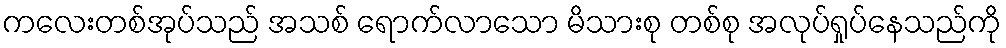
ကလေးတစ်အုပ်သည် အသစ် ရောက်လာသော မိသားစု တစ်စု အလုပ်ရှုပ်နေသည်ကို